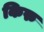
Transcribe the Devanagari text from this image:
किरु